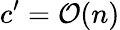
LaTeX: c^{\prime}=\mathcal{O}(n)